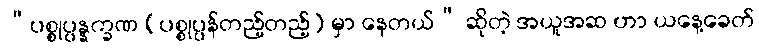
“ပစ္စုပ္ပန္နက္ခဏ (ပစ္စုပ္ပန်တည့်တည့်) မှာ နေတယ်” ဆိုတဲ့ အယူအဆ ဟာ ယနေ့ခေတ်